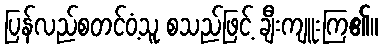
ပြန်လည်စတင်ဝံ့သူ စသည်ဖြင့် ချီးကျူးကြ၏။